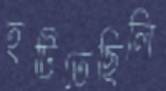
হটিতেছিলি